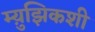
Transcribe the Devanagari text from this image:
म्य़ुझिकशी